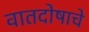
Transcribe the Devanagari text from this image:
वातदोषाचे